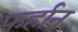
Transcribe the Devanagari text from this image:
फर्हान